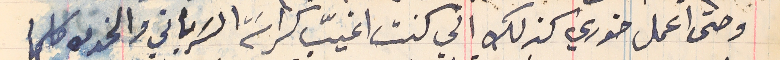
وحتى اعمل خوري كذلك اني كنت اغيّب كراسَة السَرياني والخدمه كلها